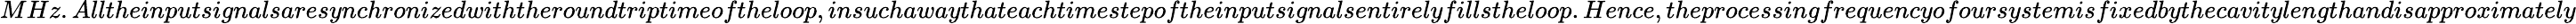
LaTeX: MHz.Alltheinputsignalsaresynchronizedwiththeroundtriptimeoftheloop,insuchawaythateachtimestepoftheinputsignalsentirelyfillstheloop.Hence,theprocessingfrequencyofoursystemisfixedbythecavitylengthandisapproximately